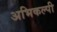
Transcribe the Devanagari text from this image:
अभिकल्पी